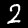
Digit: 2